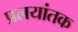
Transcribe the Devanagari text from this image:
प्रलयांतक